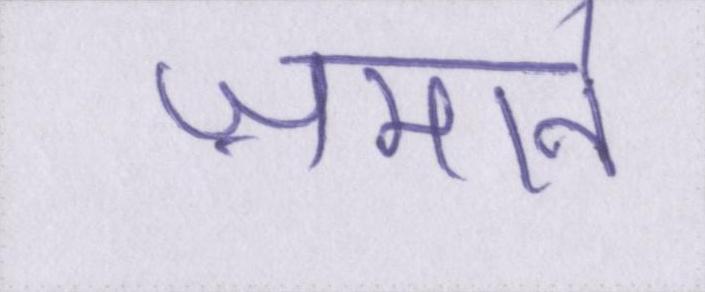
ज़माने